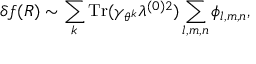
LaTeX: \delta f ( R ) \sim \sum _ { k } \mathrm { T r } ( \gamma _ { \theta ^ { k } } \lambda ^ { ( 0 ) 2 } ) \sum _ { l , m , n } \phi _ { l , m , n } ,